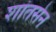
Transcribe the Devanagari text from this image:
शांतसेन